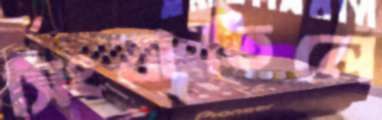
সিংবাতিলে